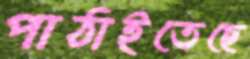
পাঠাইতেছে